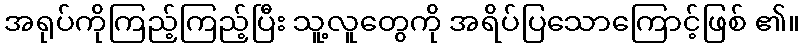
အရုပ်ကိုကြည့်ကြည့်ပြီး သူ့လူတွေကို အရိပ်ပြသောကြောင့်ဖြစ် ၏။